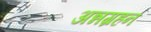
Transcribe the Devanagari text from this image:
अन्नग्रहन